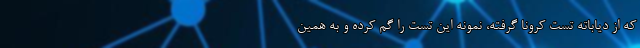
که از دیاباته تست کرونا گرفته، نمونه این تست را گم کرده و به همین